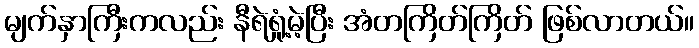
မျက်နှာကြီးကလည်း နီရဲရှုံ့မဲ့ပြီး အံတကြိတ်ကြိတ် ဖြစ်လာတယ်။